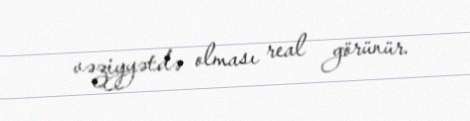
vəziyyətdə olması real görünür.